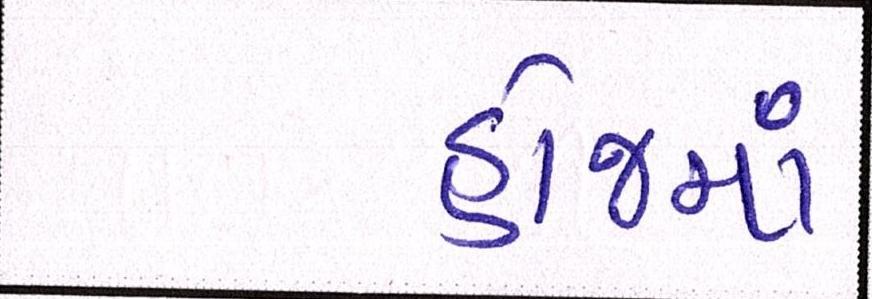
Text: હોજમાં